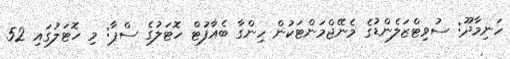
ހަނިމާދޫ: ސުވިޓްޒަލެންޑުގެ މެނޭޖްމަންޓަކުން ހިންގާ ބެއާފުޓް ހޮޓަލުގެ ސްޕާ: މި ހޮޓަލުގައި 52